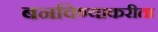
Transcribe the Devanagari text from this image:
बनविण्याकरीता